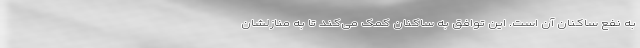
به نفع ساکنان آن است. این توافق به ساکنان کمک می‌کند تا به منازلشان